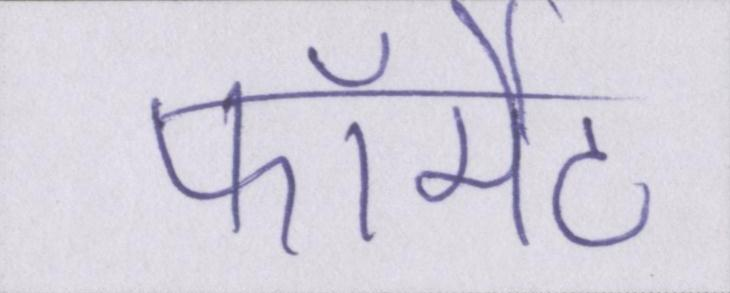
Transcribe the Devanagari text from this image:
फॉर्मेट